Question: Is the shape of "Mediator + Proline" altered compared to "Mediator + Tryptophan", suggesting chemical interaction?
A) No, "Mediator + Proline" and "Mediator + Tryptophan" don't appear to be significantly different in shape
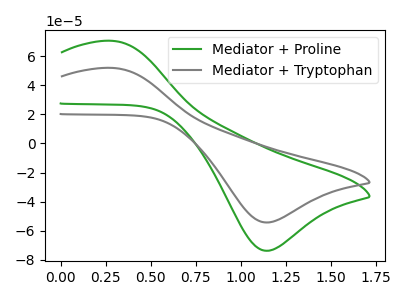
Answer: <think>The green curve "Mediator + Proline" has an anodic peak at (0.30V, 70.75uA) and a cathodic peak at (1.15V, -73.80uA). The gray curve "Mediator + Tryptophan" has an anodic peak at (0.30V, 52.10uA) and a cathodic peak at (1.15V, -54.35uA).
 All the peaks in "Mediator + Proline" have a peak in "Mediator + Tryptophan" at the same potential. Every peak in "Mediator + Proline" is higher than every peak in "Mediator + Tryptophan".</think>
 <answer>A) No, "Mediator + Proline" and "Mediator + Tryptophan" don't appear to be significantly different in shape</answer>
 <eval>A</eval>